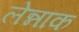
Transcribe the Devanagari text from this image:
लेन्नाक